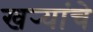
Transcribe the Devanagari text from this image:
खर्‍यांचे